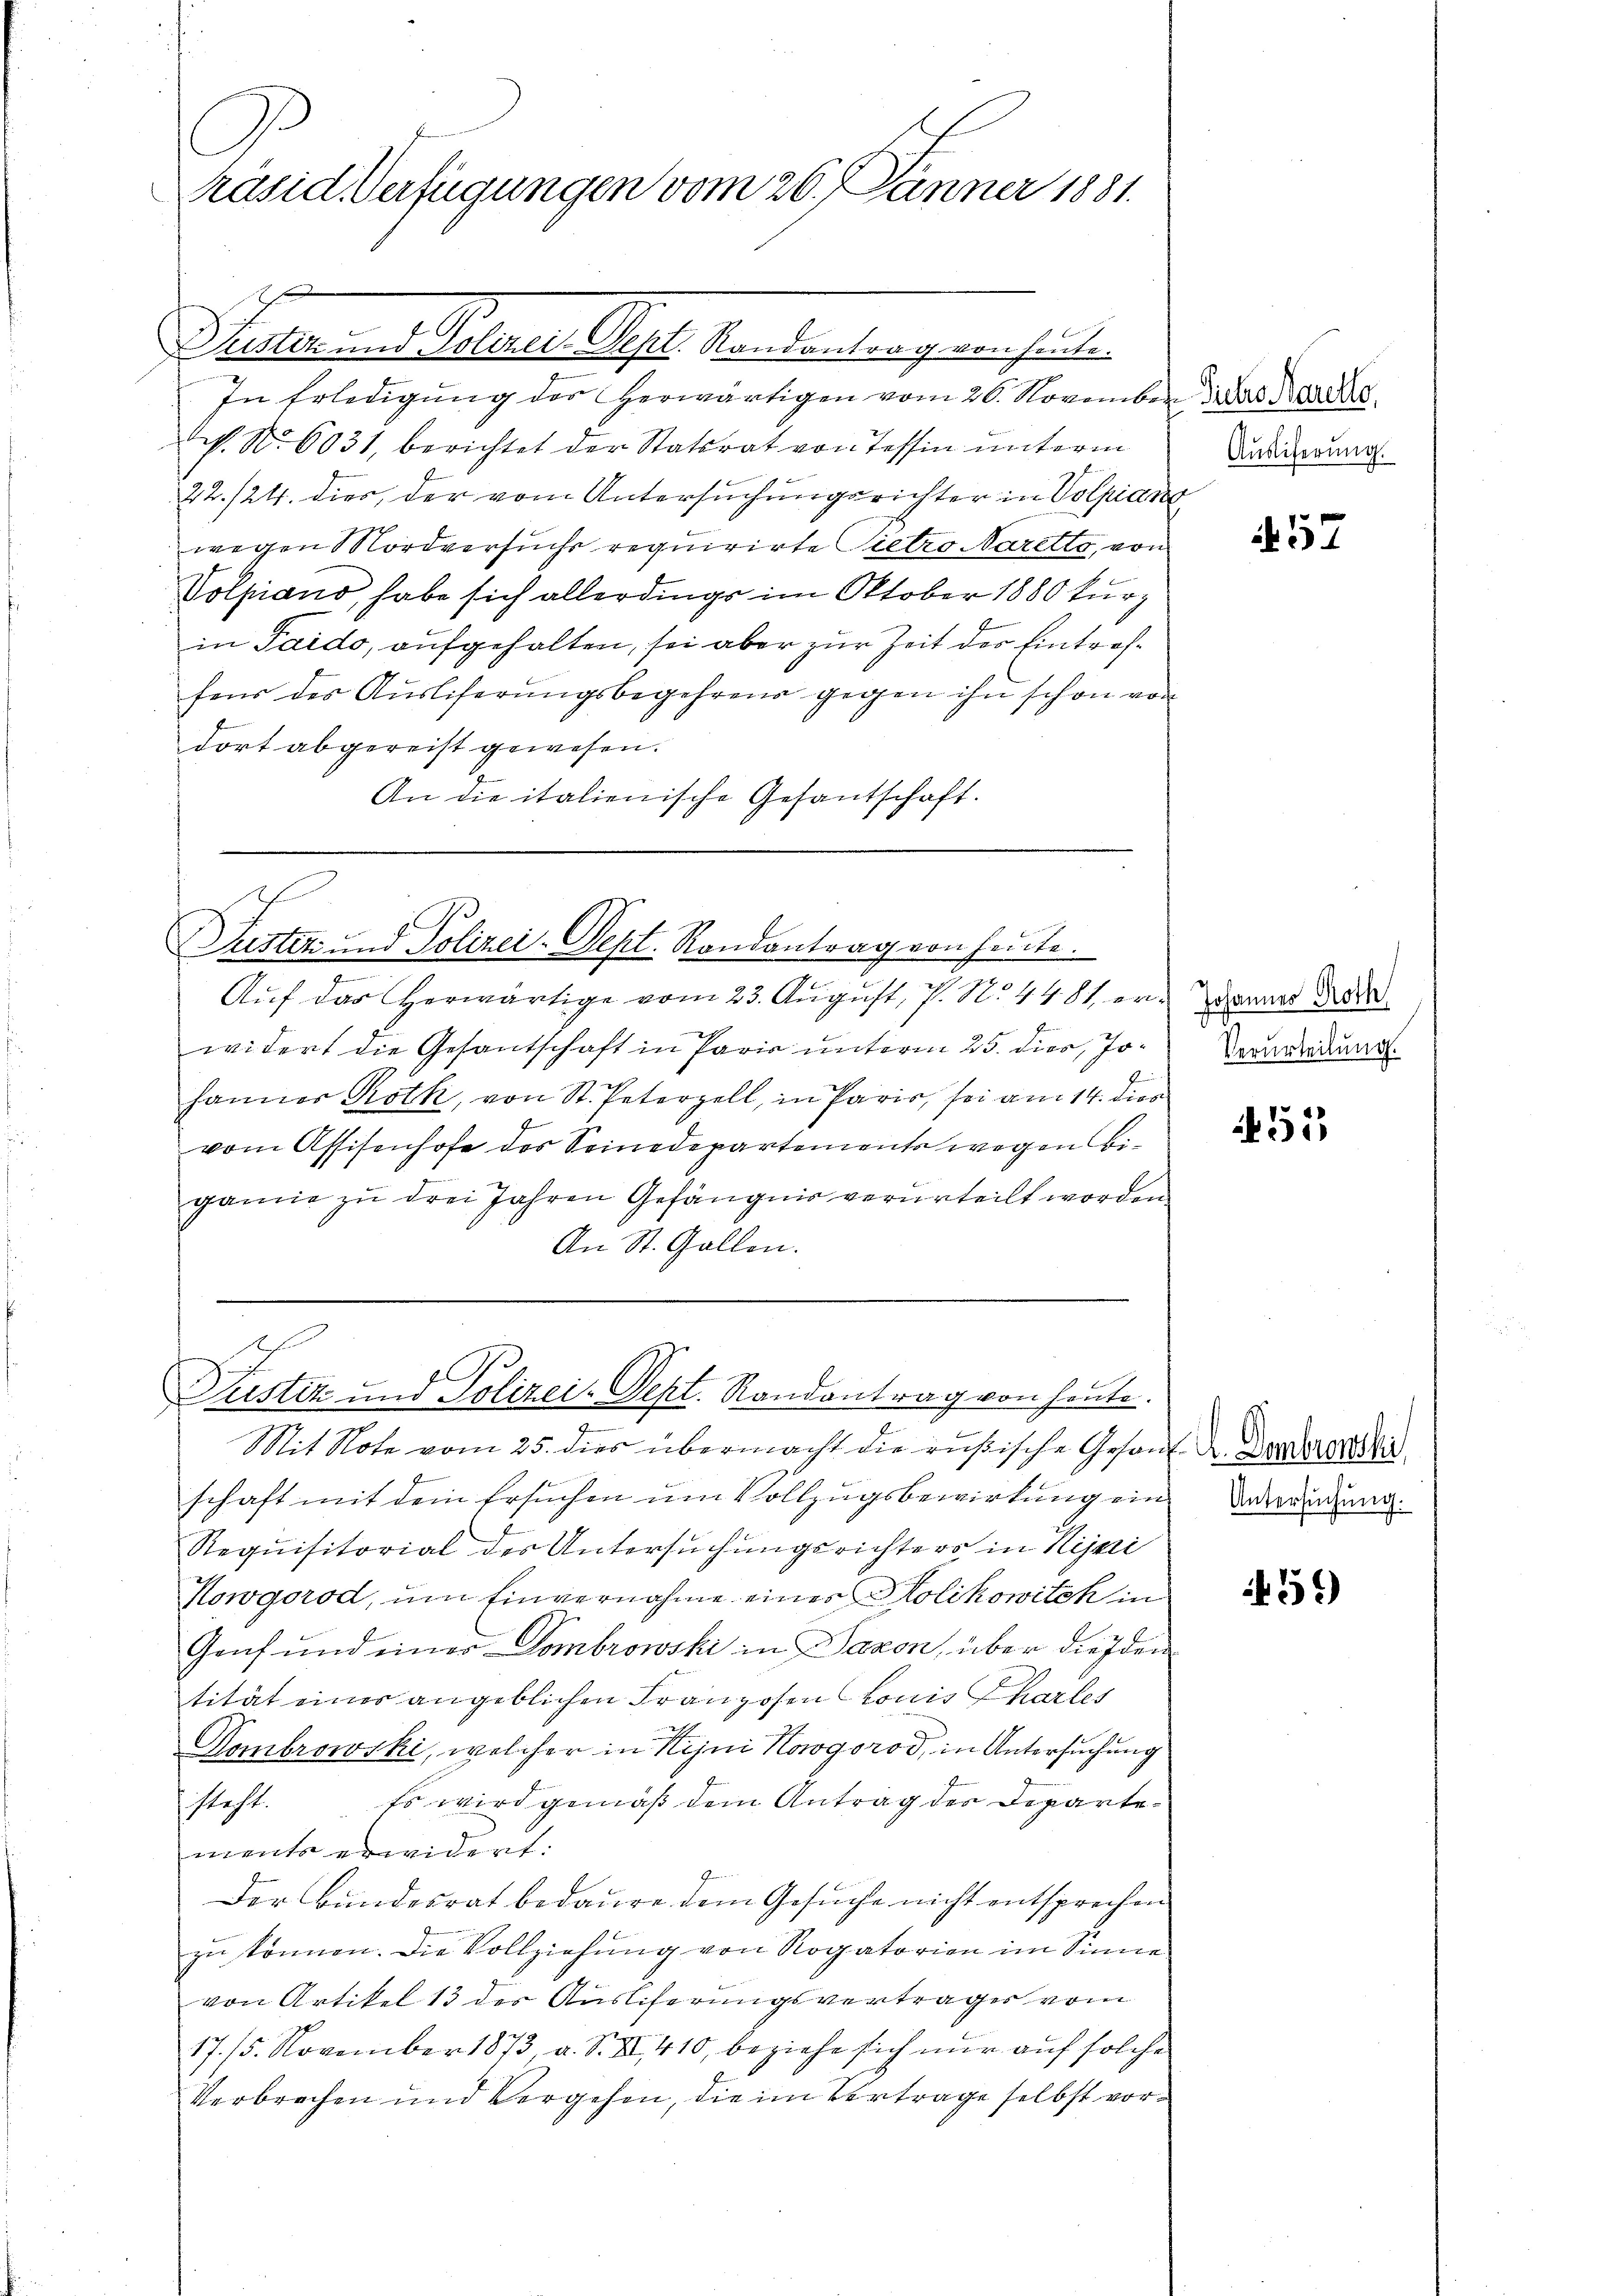
C
räsid. Verfügungen vom 26. Jänner 1881.

In Erledigung der herwärtigen vom 26. November 3. Das
h. N. 6031, berichtet der Statsrat von Tessin unterm
22./24. dies, der vom Untersuchungsrichter in Volpian
wegen Mordversuchs requirirte Pietro Naretto, von
Volpiano, habe sich allerdings im Oktober 1880 kurz
in Saido, aufgehalten, sei aber zur Zeit der Eintraffens des Ausliferungsbegehrens gegen ihn schon von
dort abgereist gewesen.
An die italienische Gesantschaft.

Peter . . . Gelder Sept. Kan den trag verheiten

widert die Gesantschaft in Paris unterm 25. dies, Johannes Roth, von St. Peterzell, in Paris, sei am 14. dies
7
vom Assisenhofe des Seinedepartemente wegen Beganne zu drei Jahren Gefängnis verurteilt worden
An St. Gallen.

Justiz und Polizei-Sept. Randantrag von heute.
  d
Aŭf das herwärtige vom 23. August, P. N. 4481 er-Tannes Prore

u

Justiz und Polizei-Pept. Randantrag von heute.

Mit Note vom 25. dies übermacht die rußische Gesandt. Denerali
schaft mit dem Ersuchen um Vollzugsbewirkung ein Bedendung
Requisitorial des Untersuchungsrichters in Kijari
Kowgorod, um Einvernahme eines Holikowitch in
Genf und einer Dombrowski in Davon, über die Iden
tität eines angeblichen Franzosen Louis Charles
Kombrowski, welcher in Kejni Koogorod, in Untersuchung
steht. Es wird gemäß dem Antrag der Departement erwidert:
Der Bundesrat bedaure dem Gesuche nicht entsprechen
zu können. Die Vollziehung von Rogatorion im Sinne
von Artikel 13 der Auslieferungsvertrages vom
17. 15. November 1873 a. S. XI. 410, beziehe sich nŭr aŭf solche
Verbrechen und Vergehen, die im Vertrage selbst vor¬

Auslieferung.

57

Verurteilung.

55

459)